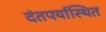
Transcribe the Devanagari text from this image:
दंतपर्यास्थित